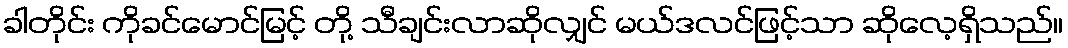
ခါတိုင်း ကိုခင်မောင်မြင့် တို့ သီချင်းလာဆိုလျှင် မယ်ဒလင်ဖြင့်သာ ဆိုလေ့ရှိသည်။